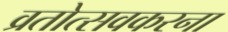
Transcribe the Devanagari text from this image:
व्रतोत्सवकरना